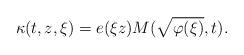
LaTeX: \begin{align*} \kappa ( t , z , \xi ) = e ( \xi z ) M ( \sqrt { \varphi ( \xi ) } , t ) .\end{align*}